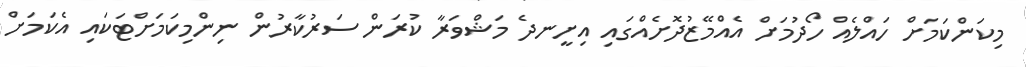
މިކަންކަމަށް ހައްލެއް ހޯދުމަށް އެއްމޭޒުދޮށެއްގައި އިށީނދެ މަޝްވަރާ ކުރަން ސަރުކާރުން ނިންމިކަމަށްޓަކައި އެކަމަށް